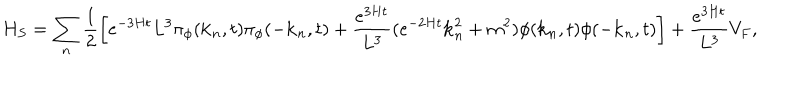
LaTeX: H _ { S } = \sum _ { n } \frac { 1 } { 2 } \left[ e ^ { - 3 H t } L ^ { 3 } \pi _ { \phi } ( { \bf k } _ { n } , t ) \pi _ { \phi } ( - { \bf k } _ { n } , t ) + \frac { e ^ { 3 H t } } { L ^ { 3 } } ( e ^ { - 2 H t } { \bf k } _ { n } ^ { 2 } + m ^ { 2 } ) \phi ( { \bf k } _ { n } , t ) \phi ( - { \bf k } _ { n } , t ) \right] + \frac { e ^ { 3 H t } } { L ^ { 3 } } V _ { F } ,